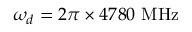
\omega _ { d } = 2 \pi \times 4 7 8 0 ~ \mathrm { M H z }